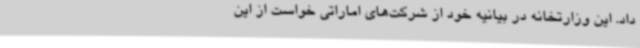
داد. این وزارتخانه در بیانیه خود از شرکت‌های اماراتی خواست از این